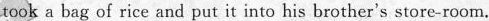
took a bag of rice and put it into his brother's store-room.